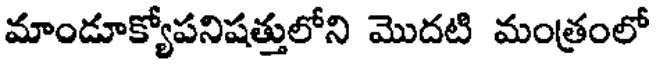
మాండూక్యోపనిషత్తులోని మొదటి మంత్రంలో